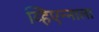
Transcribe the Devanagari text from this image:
व्हिएन्नाला